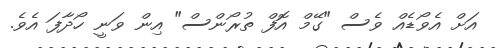
އަށް އެވޯޑެއް ވެސް "ގޭމް އޮފް ތުރޯންސް" އިން ވަނީ ހޯދާފަ އެވެ.